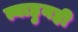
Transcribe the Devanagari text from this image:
त्याहुनही